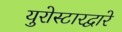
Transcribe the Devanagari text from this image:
युरोस्टारद्वारे